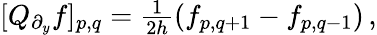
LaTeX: \begin{array}{r}{[Q_{\partial_{y}}f]_{p,q}=\frac{1}{2h}(f_{p,q+1}-f_{p,q-1})\, ,}\end{array}